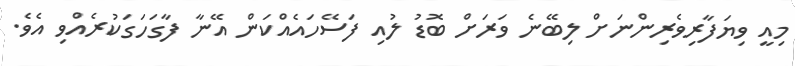
މިއީ ވިޔަފާރިވެރިންނަށް ލިބޭނެ ވަރަށް ބޮޑު ލުއި ފަސޭހައެއްކަން އޭނާ ފާގަހަގަކުރެއްވި އެވެ.